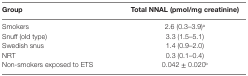
<table><thead><tr><td><b>Group</b></td><td><b>Total NNAL (pmol/mg creatinine)</b></td></tr></thead><tbody><tr><td>Smokers</td><td>2.6 (0.3–3.9)<sup>a</sup></td></tr><tr><td>Snuff (old type)</td><td>3.3 (1.5–5.1)</td></tr><tr><td>Swedish snus</td><td>1.4 (0.9–2.0)</td></tr><tr><td>NRT</td><td>0.3 (0.1–0.4)</td></tr><tr><td>Non-smokers exposed to ETS</td><td>0.042 ± 0.020<sup>b</sup></td></tr></tbody></table>